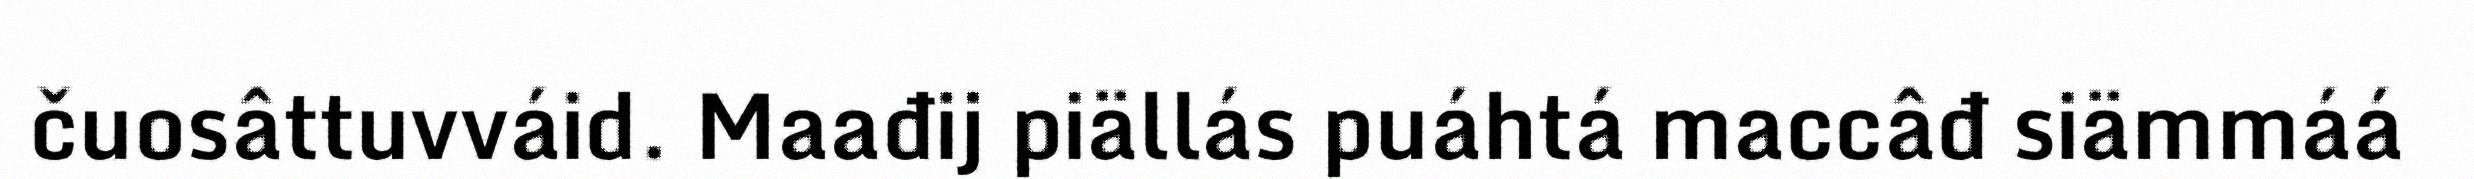
čuosâttuvváid. Maađij piällás puáhtá maccâđ siämmáá